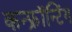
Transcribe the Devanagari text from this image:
कन्फ्रॉन्टिंग